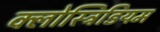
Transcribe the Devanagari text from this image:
क्लोस्ट्रिडियम